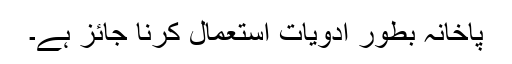
پاخانہ بطور ادویات استعمال کرنا جائز ہے۔